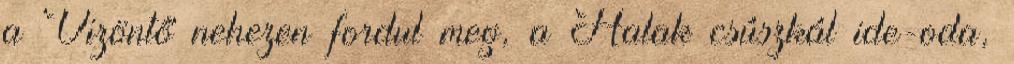
a Vizöntő nehezen fordul meg, a Halak csúszkál ide-oda,